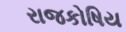
રાજકોષિય